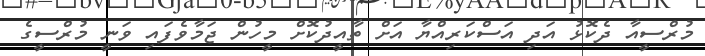
މުރްސީއާ ދެކޮޅު އަދި އަސްކަރިއްޔާ އަށް ތާއީދުކޮށް މީހުން ޖަމާވެފައި ވަނީ މުރްސީގެ